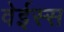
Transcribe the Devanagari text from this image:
वेईस्स